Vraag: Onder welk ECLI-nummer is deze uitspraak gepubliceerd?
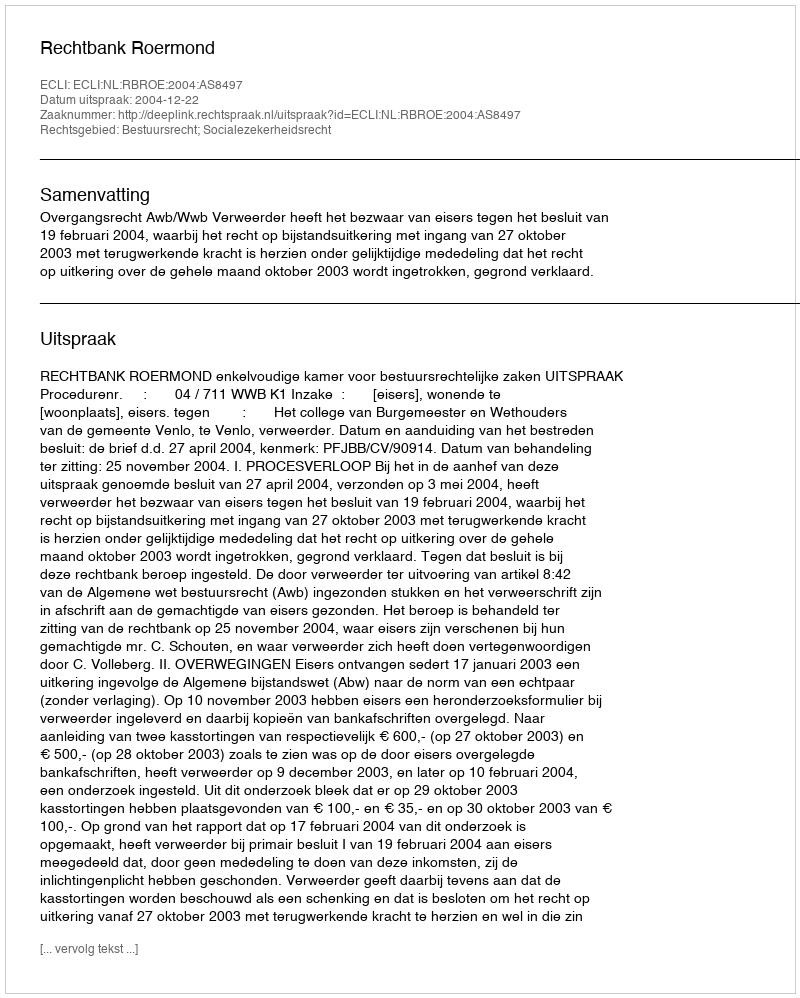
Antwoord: ECLI:NL:RBROE:2004:AS8497